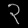
Digit: ၃